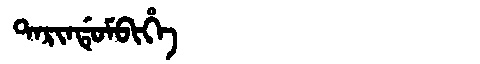
Manchu: ᡨᠠᡵᡳᠨᡩᡠᠮᠪᡳᡥᡝ
Romanization: TARINDUMBIHE